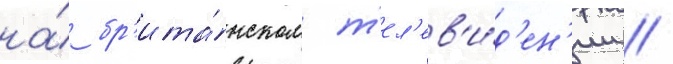
на́ бр'ита́нском т'ел'ев'и́д'ен'ии //